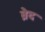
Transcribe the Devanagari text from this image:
ब्रेद